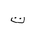
Letter: _ta